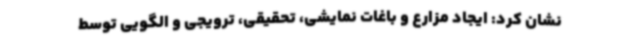
نشان کرد: ایجاد مزارع و باغات نمایشی، تحقیقی، ترویجی و الگویی توسط